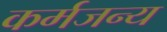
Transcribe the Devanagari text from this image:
कर्मजन्य